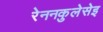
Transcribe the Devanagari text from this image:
रेननकुलेसेइ